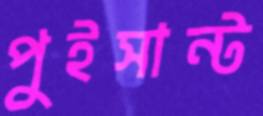
পুইসান্ট